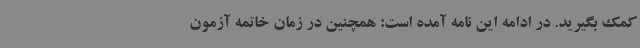
کمک بگیرید. در ادامه این نامه آمده است: همچنین در زمان خاتمه آزمون